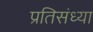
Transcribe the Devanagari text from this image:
प्रतिसंध्या